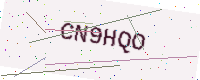
Text: CN9HQO